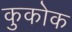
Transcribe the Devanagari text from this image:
कुकोक